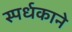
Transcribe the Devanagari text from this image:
स्पर्धकाने